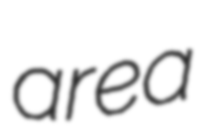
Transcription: area